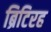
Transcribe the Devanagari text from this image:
ब्रिटिरह